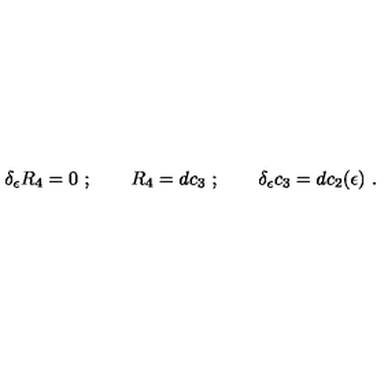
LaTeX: \delta _ { \epsilon } R _ { 4 } = 0 \ ; \qquad R _ { 4 } = d c _ { 3 } \ ; \qquad \delta _ { \epsilon } c _ { 3 } = d c _ { 2 } ( \epsilon ) \ .